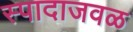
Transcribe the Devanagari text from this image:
स्पादाजवळ